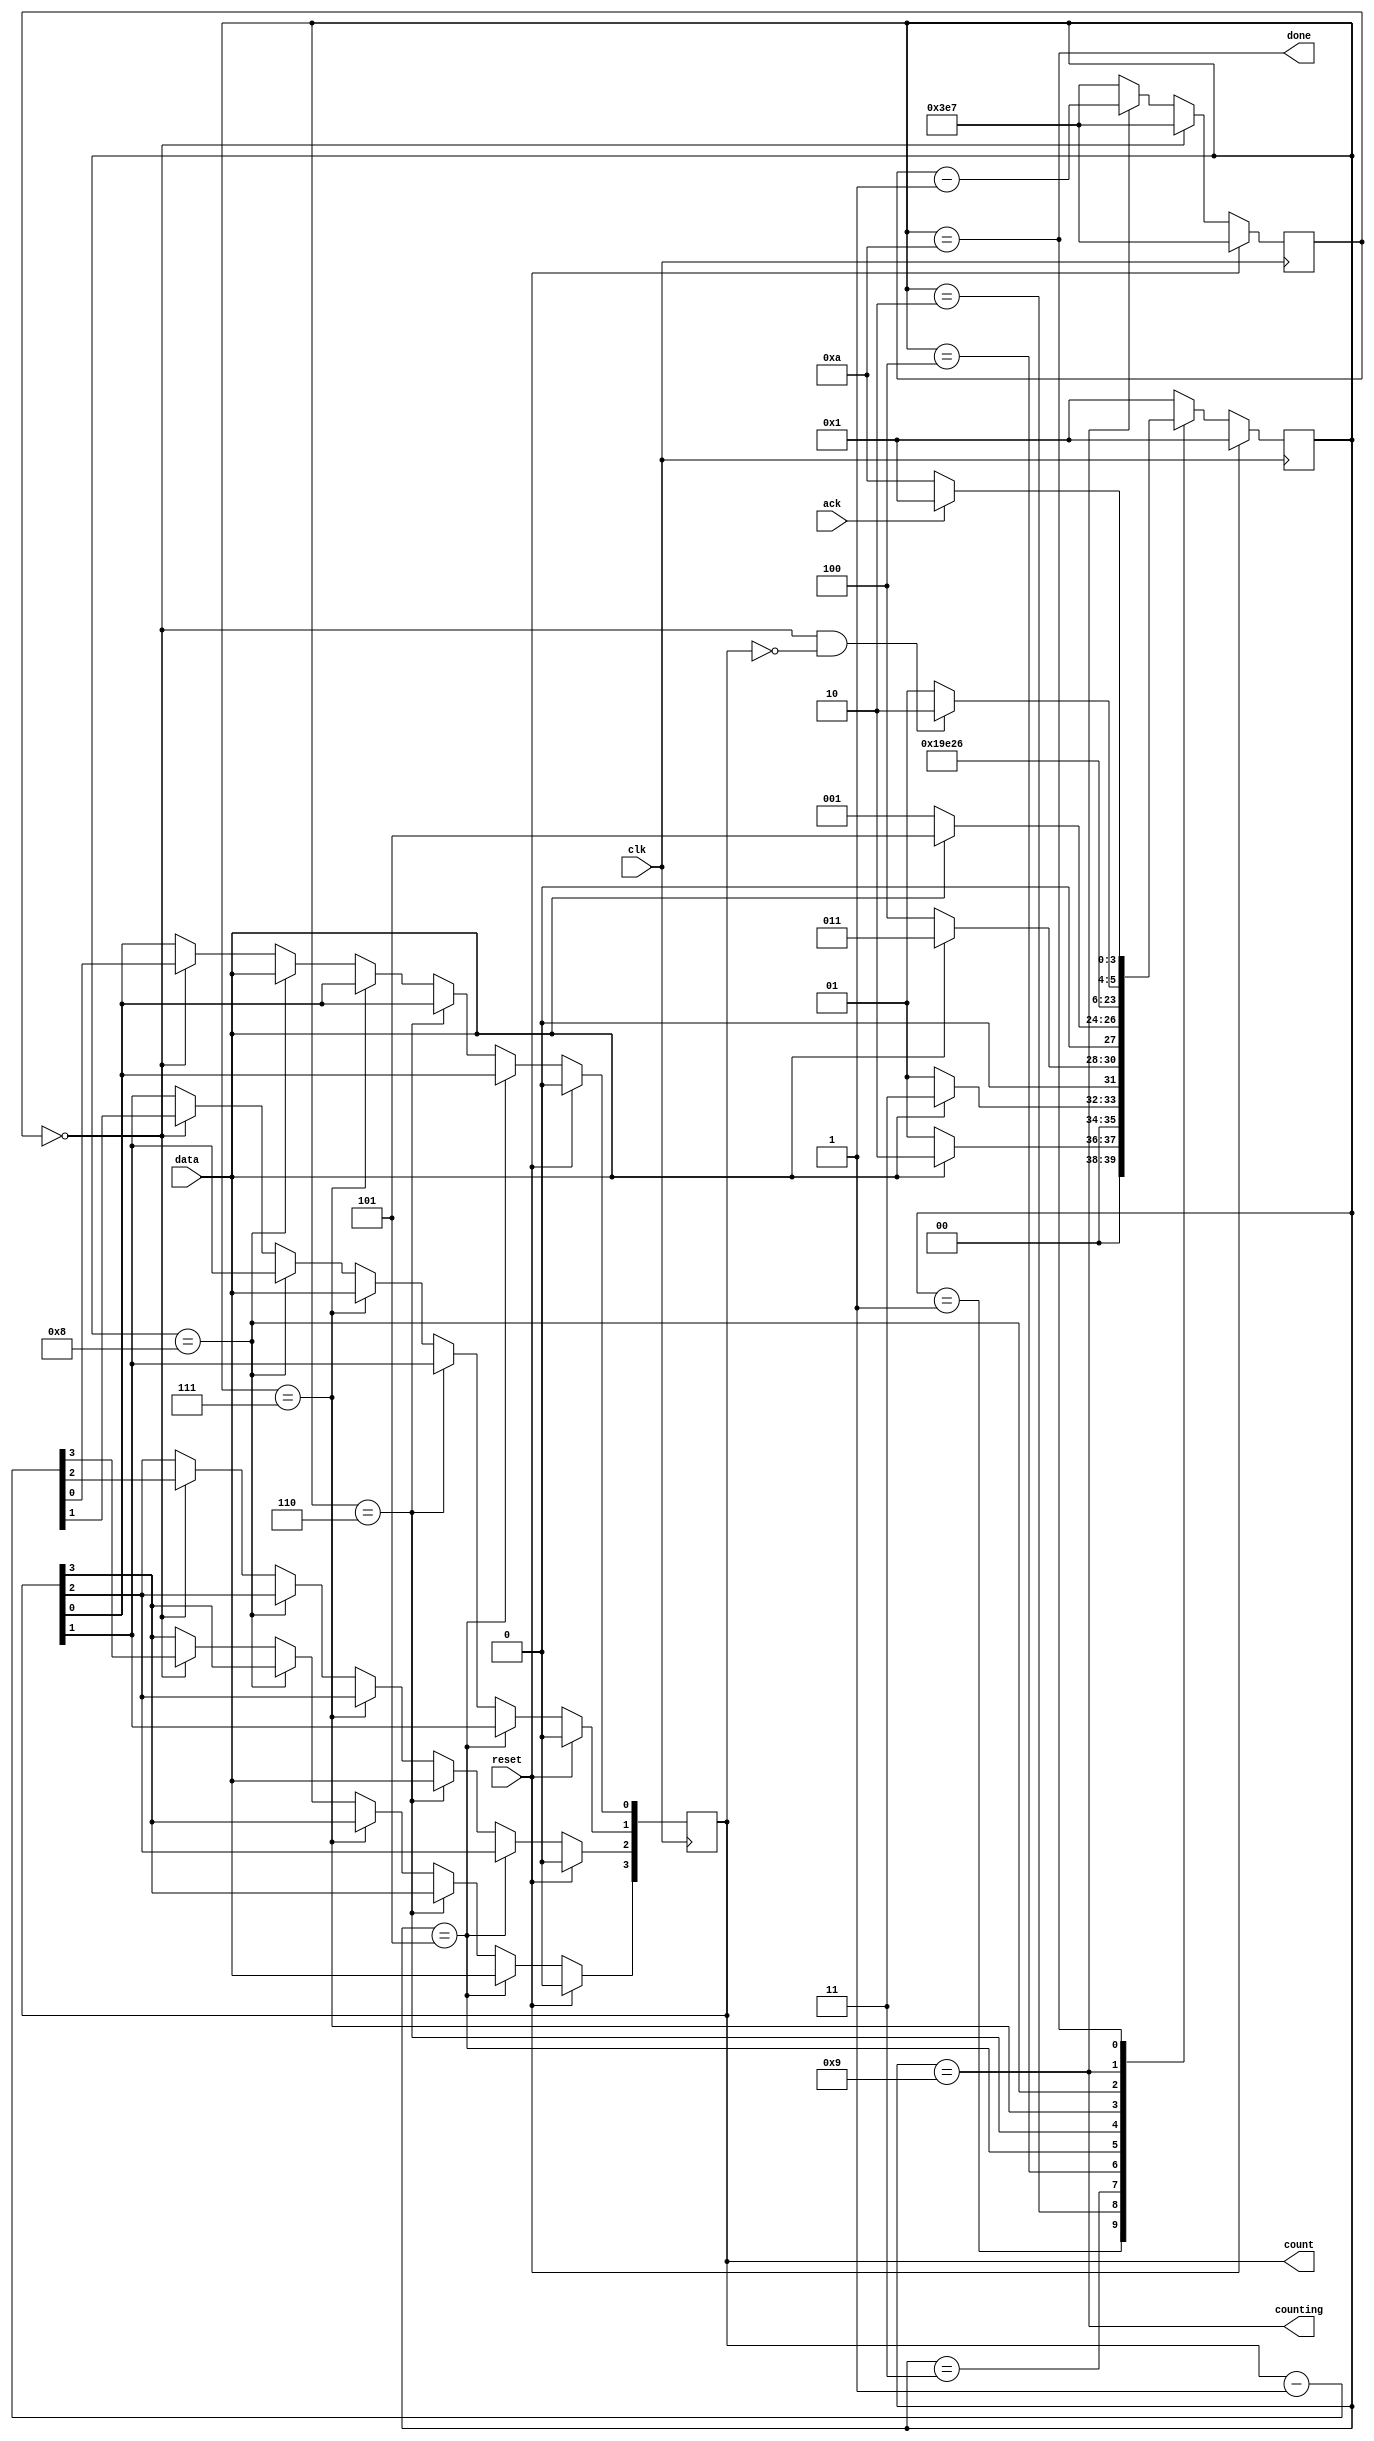
module top_module (
    input clk,
    input reset,      // Synchronous reset
    input data,
    output [3:0] count,
    output counting,
    output done,
    input ack );
reg [3:0] nstate;
reg [3:0] cstate;

reg [9:0] cnt;

parameter s1 = 4'b0001;
parameter s2 = 4'b0010;
parameter s3 = 4'b0011;
parameter s4 = 4'b0100;
parameter s5 = 4'b0101;
parameter s6 = 4'b0110;
parameter s7 = 4'b0111;
parameter s8 = 4'b1000;
parameter s9 = 4'b1001;
parameter s10 = 4'b1010;
reg [3:0] count_reg;


always @(posedge clk)begin
    if(reset)begin
        cstate <= s1;
    end
    else begin
        cstate <= nstate;
    end
end

always @(*)begin
    nstate = s1;
    case (cstate)
        s1:nstate = data ? s2 : s1;
        s2:nstate = data ? s3 : s1;
        s3:nstate = data ? s3 : s4;
        s4:nstate = data ? s5 : s1;
        s5:nstate = s6;
        s6:nstate = s7;
        s7:nstate = s8;
        s8:nstate = s9;
        s9:begin
            if(cnt == 10'b0 && count == 1'b0)begin
                nstate = s10;
            end
            else begin
                nstate = s9;
            end
        end
        s10:nstate = ack ? s1 : s10;
        default:nstate = s1;
    endcase
end

always @(posedge clk)begin
    if(reset)begin
        cnt <= 10'd999;
    end
    else if(cnt == 10'd0)begin
        cnt <= 10'd999;
    end
    else if(cstate == s9) begin
        cnt <= cnt - 1'b1;
    end
    else begin
        cnt <= 10'd999;
    end
end

always @(posedge clk)begin
    if(reset)begin
        count_reg <= 4'b0;
    end
    else if(cstate == s5) begin
        count_reg[3] <= data;
    end
    else if(cstate == s6) begin
        count_reg[2] <= data;
    end
    else if (cstate == s7) begin
        count_reg[1] <= data;
    end
    else if (cstate == s8) begin
        count_reg[0] <= data;
    end
    else if(cnt == 10'b0)begin
        count_reg <= count_reg - 1'b1;
    end
    else begin
        count_reg <= count_reg;
    end
end

assign count = count_reg;
assign counting = cstate == s9;
assign done = cstate == s10;

endmodule